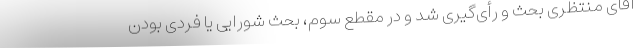
آقای منتظری بحث و رأی‌گیری شد و در مقطع سوم، بحث شورایی یا فردی بودن